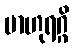
ဗာဟုရဂ္ဂိ